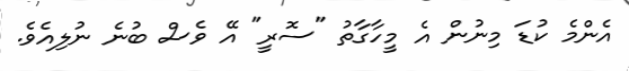
އެންމެ ކުޑަ މިނުން އެ މީހާގާތު "ސޮރީ" އޭ ވެސް ބުނެ ނުލިއެވެ.